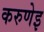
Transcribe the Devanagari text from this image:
करुणेइ